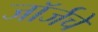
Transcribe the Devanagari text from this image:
जॉर्जचे